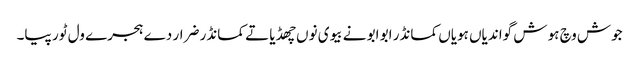
جوش وچ ہو ش گواندیاں ہویاں کمانڈر ابو ابو نے بیوی نوں چھڈیا تے کمانڈر ضرار دے ہجرے ول ٹور پیا۔